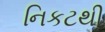
નિકટથી